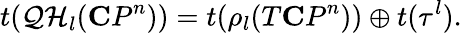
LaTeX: t({\cal QH}_{l}({\mathbf CP}^{n}))=t(\rho_{l}(T{\mathbf CP}^{n}))\oplus t({\tau^{l}}).